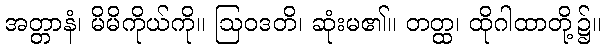
အတ္တာနံ၊ မိမိကိုယ်ကို။ ဩဝဒတိ၊ ဆုံးမ၏။ တတ္ထ၊ ထိုဂါထာတို့၌။